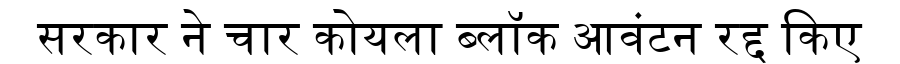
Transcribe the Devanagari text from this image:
सरकार ने चार कोयला ब्लॉक आवंटन रद्द किए